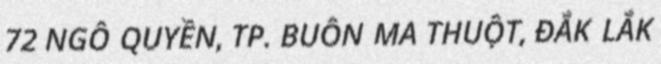
72 NGÔ QUYỀN, TP. BUÔN MA THUỘT, ĐẮK LẮK